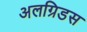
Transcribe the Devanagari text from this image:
अलग्रिडस